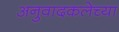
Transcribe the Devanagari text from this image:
अनुवादकलेच्या